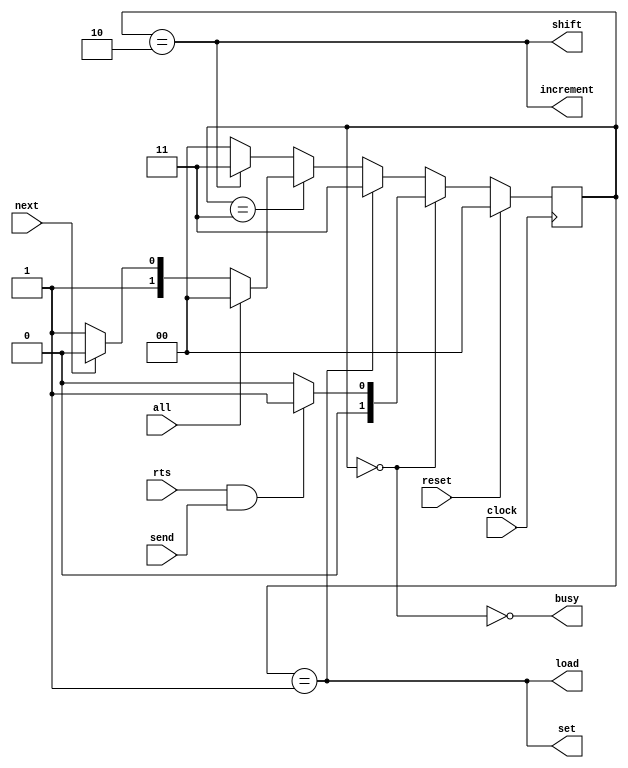
// The UART transmitter state machine
// by Chaiyapat Julsri
//
// This is the logic for UART transmitter

module uart_transmitter_state(
  // Busy signal for handshaking with the host
  output busy,

  // Shift and Load signal for shift register
  output shift,
  output load,

  // Increment and set zero signal for counter
  output increment,
  output set,

  // Sending start signal
  input send,

  // Hold signal for handshaking with receiver
  input rts,

  // All and Next signal from counter and timer
  input all,
  input next,

  // The system clock
  input clock,

  // System reset
  input reset
);

// State transition
// 00: Idle
// 01: Start
// 11: Wait
// 10: Shift
reg [1:0] state, next_state;
wire Idle, Start, Wait, Shift;
assign Idle = (state == 0);
assign Start = (state == 1);
assign Wait = (state == 3);
assign Shift = (state == 2);

always @(*) begin
  if (reset)
    next_state = 0;
  else if (Idle)
    if (rts&send)
      next_state = 1;
    else
      next_state = 0;
  else if (Start)
    next_state = 3;
  else if (Wait)
    if (all)
      next_state = 0;
    else if (next)
      next_state = 2;
    else
      next_state = 3;
  else if (Shift)
    next_state = 3;
  else
    next_state = 0;
end

// Output logic
assign busy = ~Idle;
assign load = Start;
assign set = Start;
assign shift = Shift;
assign increment = Shift;

// State transition
always @(posedge clock)
  state = next_state;

endmodule